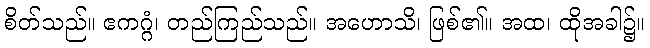
စိတ်သည်။ ဧကဂ္ဂံ၊ တည်ကြည်သည်။ အဟောသိ၊ ဖြစ်၏။ အထ၊ ထိုအခါ၌။